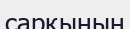
сарқынын